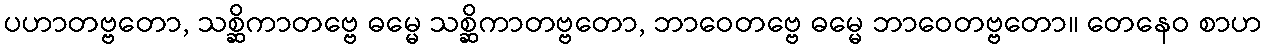
ပဟာတဗ္ဗတော, သစ္ဆိကာတဗ္ဗေ ဓမ္မေ သစ္ဆိကာတဗ္ဗတော, ဘာဝေတဗ္ဗေ ဓမ္မေ ဘာဝေတဗ္ဗတော။ တေနေဝ စာဟ